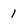
Character: 1